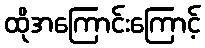
ထိုအကြောင်းကြောင့်